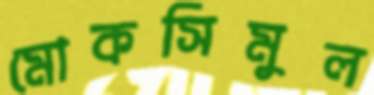
মোকসিমুল